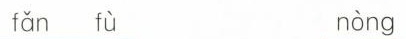
fǎn fù nòng